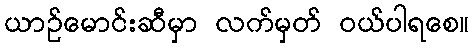
ယာဉ်မောင်းဆီမှာ လက်မှတ် ဝယ်ပါရစေ။